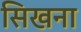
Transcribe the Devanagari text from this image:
सिखना